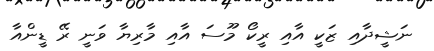
ނަޝީދާއި ޒަކީ އާއި ރީކޯ މޫސަ އާއި މާރިޔާ ވަނީ ރޭ ޑީންއާ